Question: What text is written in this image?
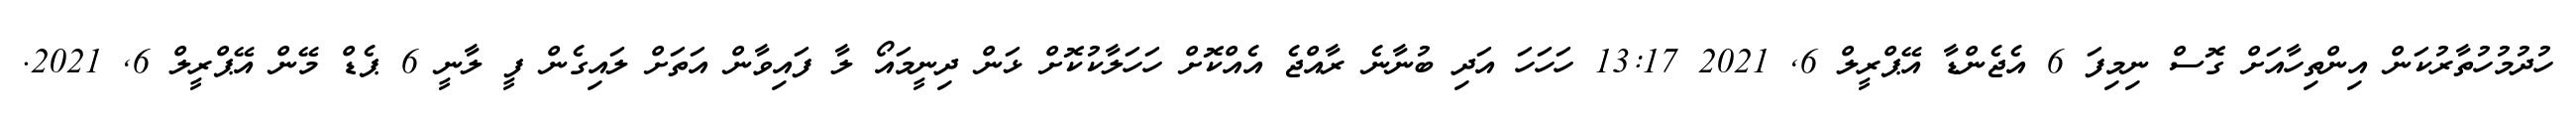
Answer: ހުދުމުހުތާރުކަން އިންތިހާއަށް ގޮސް ނިމިފަ 6 އެޖެންޑާ އޭޕްރީލް 6, 2021 13:17 ހަހަހަ އަދި ބުނާނެ ރާއްޖެ އެއްކޮށް ހަހަލާކުކޮށް ޅަން ދިނީމައޯ ލާ ފައިވާން އަތަށް ލައިގެން ފީ ލާނީ 6 ޕެޑް މޭން އޭޕްރީލް 6, 2021.